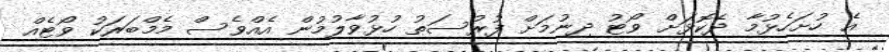
އެ ހުށަހެޅުމާ ދެކޮޅަށް ވޯޓު ދިނުމަށް ފުރުސަތު ހުޅުވާލުމުން އެއްވެސް މެމްބަރަކު ވޯޓެއް